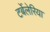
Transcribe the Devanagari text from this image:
टर्बेलेरिया